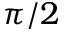
\pi / 2